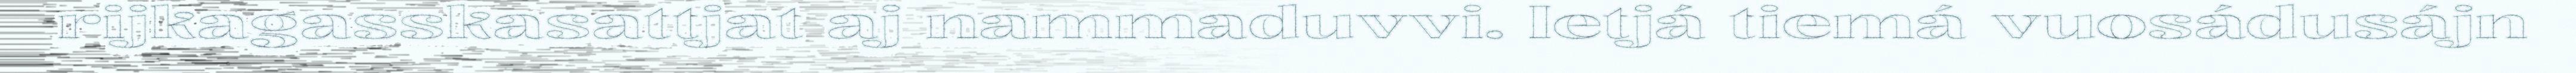
rijkagasskasattjat aj nammaduvvi. Ietjá tiemá vuosádusájn